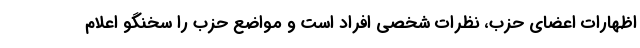
اظهارات اعضای حزب، نظرات شخصی افراد است و مواضع حزب را سخنگو اعلام